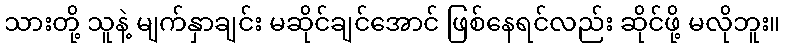
သားတို့ သူနဲ့ မျက်နှာချင်း မဆိုင်ချင်အောင် ဖြစ်နေရင်လည်း ဆိုင်ဖို့ မလိုဘူး။